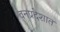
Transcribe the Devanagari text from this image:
वनप्रदेशात